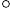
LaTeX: ^{\circ}